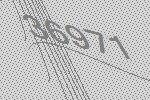
36971